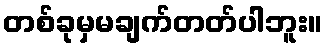
တစ်ခုမှမချက်တတ်ပါဘူး။